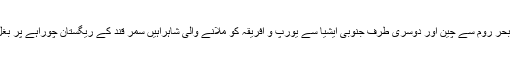
اناطولیہ (ترکی)اور بحر روم سے چین اور دوسری طرف جنوبی ایشیا سے یورپ و افریقہ کو ملانے والی شاہراہیں سمر قند کے ریگستان چوراہے پر بغل گیر ہو جاتی تھیں۔